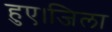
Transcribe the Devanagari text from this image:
हुए।जिला